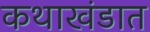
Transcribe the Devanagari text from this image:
कथाखंडात